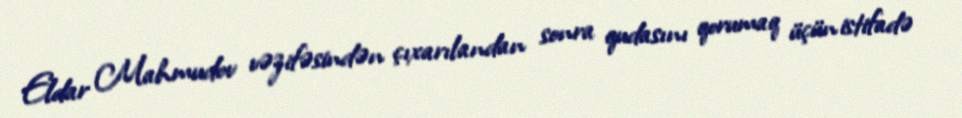
Eldar Mahmudov vəzifəsindən çıxarılandan sonra qudasını qorumaq üçün istifadə